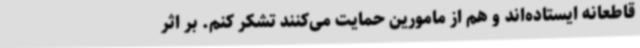
قاطعانه ایستاده‌اند و هم از مامورین حمایت می‌کنند تشکر کنم. بر اثر